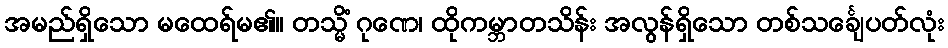
အမည်ရှိသော မထေရ်မ၏။ တသ္မိံ ဂုဏေ၊ ထိုကမ္ဘာတသိန်း အလွန်ရှိသော တစ်သင်္ချေပတ်လုံး